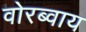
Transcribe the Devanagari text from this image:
वोरब्वाय